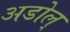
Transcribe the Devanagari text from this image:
अडोल्